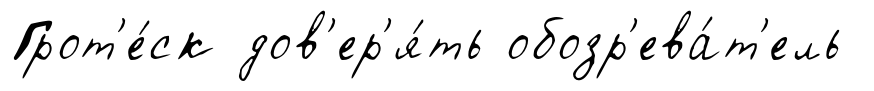
Грот'е́ск дов'ер'я́ть обозр'ева́т'ель